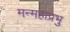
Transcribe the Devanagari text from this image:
मन्महाप्रभु